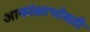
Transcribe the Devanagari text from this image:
आकांक्षाभोवती